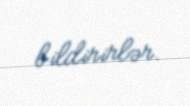
bildirirlər.